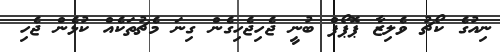
ނިއުގެ ކޯޗު ވެލިޒާ ޕޮޕޯފް ބުނީ ޖެހިޖެހިގެން ގިނަ މެޗުތަކެއް ކުޅެން ޖެހި